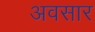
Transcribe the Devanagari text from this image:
अवसार